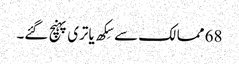
68 ممالک سے سِکھ یاتری پہنچ گئے۔